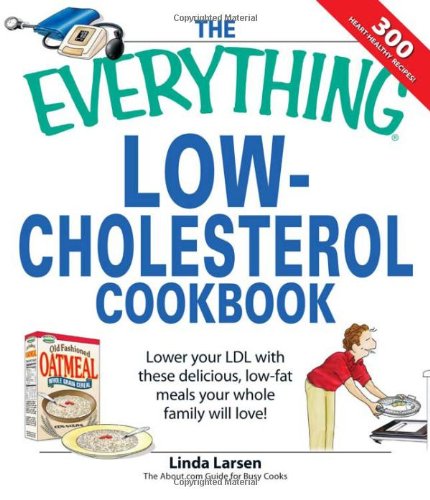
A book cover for The Everything Low-Cholesterol Cookbook: Keep you heart healthy with 300 delicious low-fat, low-carb recipes; Linda Larsen; Cookbooks, Food & Wine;